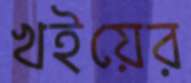
খইয়ের